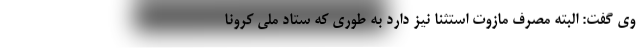
وی گفت: البته مصرف مازوت استثنا نیز دارد به طوری که ستاد ملی کرونا